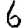
Digit: 6